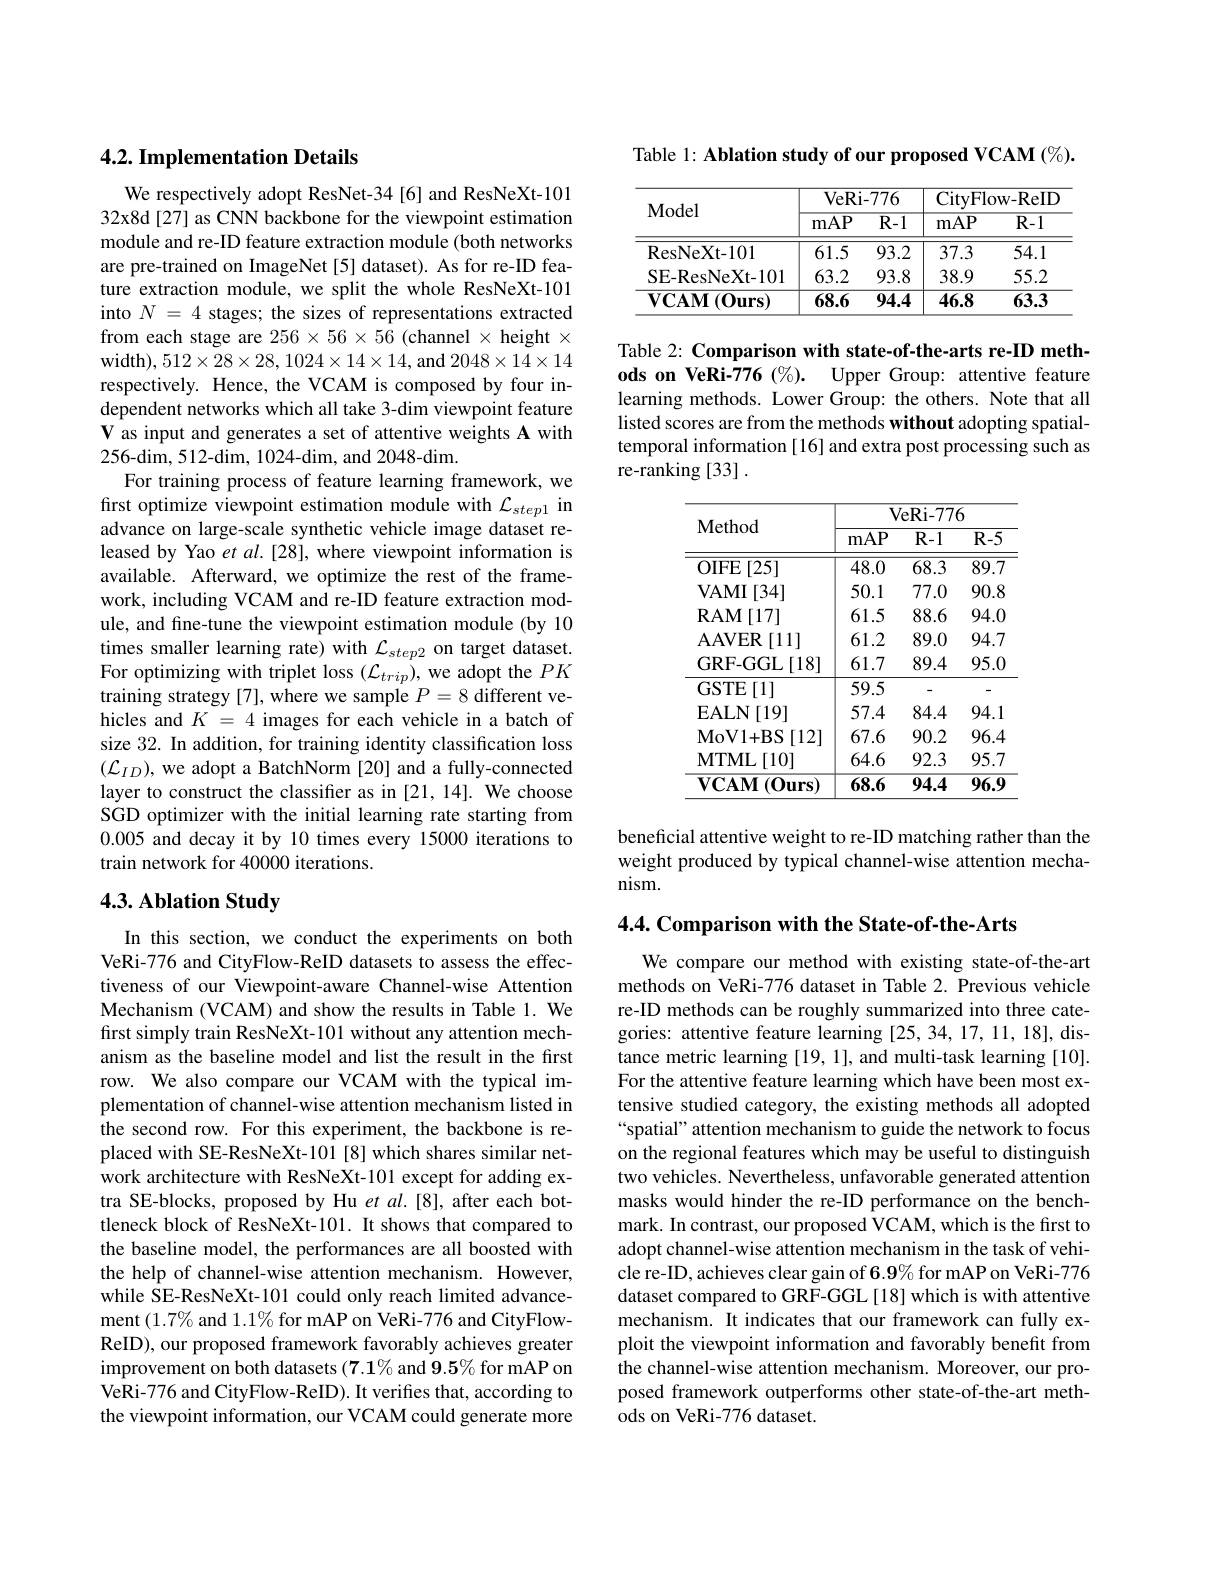
## 4.2. Implementation Details

We respectively adopt ResNet-34[6] and ResNeXt-10132x8d[27] as CNN backbone for the viewpoint estimation module and re-ID feature extraction module (both networks are pre-trained on ImageNet[5] dataset). As for re-ID feature extraction module, we split the whole ResNeXt-101 into $N=4$ stages; the sizes of representations extracted from each stage are $256\times56\times56$ (channel $\times$ height $\times$ width), $512\times28\times28,1024\times14\times14$, and $2048\times14\times14$ respectively. Hence, the VCAM is composed by four independent networks which all take 3-dim viewpoint feature V as input and generates a set of attentive weights A with 256-dim, 512-dim, 1024-dim, and 2048-dim.
For training process of feature learning framework, we first optimize viewpoint estimation module with $\mathcal{L}_{step1}$ in advance on large-scale synthetic vehicle image dataset released by Yao et al.[28], where viewpoint information is available. Afterward, we optimize the rest of the framework, including VCAM and re-ID feature extraction module, and fine-tune the viewpoint estimation module (by 10 times smaller learning rate) with $\mathcal{L}_{step2}$ on target dataset. For optimizing with triplet loss $(\mathcal{L}_{trip})$, we adopt the $PK$ $\hat{\text{training strategy[7],where we sample }P}=8\hat{\text{different ve-}}$ hicles and $K=4$ images for each vehicle in a batch of size 32. In addition, for training identity classification loss $(\mathcal{L}_{ID})$, we adopt a BatchNorm [20] and a fully-connected layer to construct the classifier as in [21, 14]. We choose SGD optimizer with the initial learning rate starting from 0.005 and decay it by 10 times every 15000 iterations to train network for 40000 iterations.

## 4.3. Ablation Study

In this section, we conduct the experiments on both VeRi-776 and CityFlow-ReID datasets to assess the effectiveness of our Viewpoint-aware Channel-wise Attention Mechanism (VCAM) and show the results in Table 1. We first simply train ResNeXt-101 without any attention mechanism as the baseline model and list the result in the first row. We also compare our VCAM with the typical implementation of channel-wise attention mechanism listed in the second row. For this experiment, the backbone is replaced with SE-ResNeXt-101 [8] which shares similar network architecture with ResNeXt-101 except for adding extra SE-blocks, proposed by Hu $et$ al.[8], after each bottleneck block of ResNeXt-101. It shows that compared to the baseline model, the performances are all boosted with the help of channel-wise attention mechanism. However, while SE-ResNeXt-101 could only reach limited advancement $(1.7\%$ and $1.1\%$ for mAP on VeRi-776 and CityFlowReID), our proposed framework favorably achieves greater improvement on both datasets (7.1% and 9.5% for mAP on VeRi-776 and CityFlow-ReID). It verifies that, according to the viewpoint information, our VCAM could generate more

Table 1: Ablation study of our proposed VCAM $(\%).$

<table>
	<tbody>
		<tr>
			<th rowspan="2">Model</th>
			<th>VeRi</th>
			<th>-776</th>
			<th>CityFlc</th>
			<th>ow- ReID</th>
		</tr>
		<tr>
			<th>mAP</th>
			<th>$\overline{\mathbf{R-1}}$</th>
			<th>mAP</th>
			<th>$\overline{\mathrm{R-1}}$</th>
		</tr>
		<tr>
			<td>ResNeXt- 101</td>
			<td>61.5</td>
			<td>93.2</td>
			<td>37.3</td>
			<td>54.1</td>
		</tr>
		<tr>
			<td>SE-ResNeXt-101</td>
			<td>63.2</td>
			<td>93.8</td>
			<td>38.9</td>
			<td>55.2</td>
		</tr>
		<tr>
			<td>$\mathbf{VCAM}$ $(\mathbf{Ours})$ 11</td>
			<td>68.6</td>
			<td>94.4</td>
			<td>46.8</td>
			<td>63.3</td>
		</tr>
	</tbody>
</table>

Table 2: Comparison with state-of-the-arts re-ID methods on VeRi-776 (%). Upper Group: attentive feature learning methods. Lower Group: the others. Note that all listed scores are from the methods without adopting spatialtemporal information [16] and extra post processing such as re-ranking [33].

<table>
	<tbody>
		<tr>
			<th rowspan="2">Method</th>
			<th colspan="3">VeRi-776</th>
		</tr>
		<tr>
			<th>mAP</th>
			<th>$R-1$</th>
			<th>$R-5$</th>
		</tr>
		<tr>
			<td>$OIFE$ [25]</td>
			<td>48.0</td>
			<td>68.3</td>
			<td>$\overline{89.7}$</td>
		</tr>
		<tr>
			<td>[34] $\mathbf{VAMI}$</td>
			<td>50.1</td>
			<td>77.0</td>
			<td>90.8</td>
		</tr>
		<tr>
			<td>$\mathbf{R}\mathbf{AM}$ [17]</td>
			<td>61.5</td>
			<td>88.6</td>
			<td>94.0</td>
		</tr>
		<tr>
			<td>AAVER [11]</td>
			<td>61.2</td>
			<td>89.0</td>
			<td>94.7</td>
		</tr>
		<tr>
			<td>GRF-GGL[18]</td>
			<td>61.7</td>
			<td>89.4</td>
			<td>95.0</td>
		</tr>
		<tr>
			<td>GSTE $\Xi[1]$</td>
			<td>59.5</td>
			<td>-</td>
			<td>-</td>
		</tr>
		<tr>
			<td>$\mathbf{EALN}$ $\mathcal{J}[19]$ 1</td>
			<td>57.4</td>
			<td>84.4</td>
			<td>94.1</td>
		</tr>
		<tr>
			<td>MoV1+ BS [12]</td>
			<td>67.6</td>
			<td>90.2</td>
			<td>96.4</td>
		</tr>
		<tr>
			<td>$\mathbf{MTML}$ [10] 1 </td>
			<td>64.6</td>
			<td>92.3</td>
			<td>95.7</td>
		</tr>
		<tr>
			<td>$\mathbf{VCAM}$ $(\mathbf{Ours})$</td>
			<td>68.6</td>
			<td>94.4</td>
			<td>$\overline{96.9}$</td>
		</tr>
	</tbody>
</table>

beneficial attentive weight to re-ID matching rather than the weight produced by typical channel-wise attention mechanism.

4.4. Comparison with the State-of-the-Arts

We compare our method with existing state-of-the-art methods on VeRi-776 dataset in Table 2. Previous vehicle re-ID methods can be roughly summarized into three categories: attentive feature learning [25,34,17,11,18], distance metric learning [19, 1], and multi-task learning [10]. For the attentive feature learning which have been most extensive studied category, the existing methods all adopted “spatial” attention mechanism to guide the network to focus on the regional features which may be useful to distinguish two vehicles. Nevertheless, unfavorable generated attention masks would hinder the re-ID performance on the benchmark. In contrast, our proposed $\hat{\text{VCAM,which is the first to}}$ adopt channel-wise attention mechanism in the task of vehicle re-ID, achieves clear gain of 6.9% for mAP on VeRi-776 dataset compared to GRF-GGL[18] which is with attentive mechanism. It indicates that our framework can fully exploit the viewpoint information and favorably benefit from the channel-wise attention mechanism. Moreover, our proposed framework outperforms other state-of-the-art methods on VeRi-776 dataset.